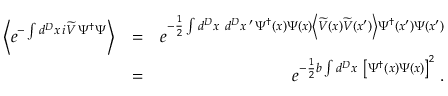
\begin{array} { r l r } { \left\langle e ^ { - \int d ^ { D } x \, i \widetilde { V } \, \Psi ^ { \dagger } \Psi } \right\rangle } & { = } & { e ^ { - \frac { 1 } { 2 } \int d ^ { D } x \, \, \, d ^ { D } x \, ^ { \prime } \, \Psi ^ { \dagger } \left( x \right) \Psi \left( x \right) \left\langle \widetilde { V } \left( x \right) \widetilde { V } \left( x ^ { \prime } \right) \right\rangle \Psi ^ { \dagger } \left( x ^ { \prime } \right) \Psi \left( x ^ { \prime } \right) } } \\ & { = } & { e ^ { - \frac { 1 } { 2 } b \int d ^ { D } x \, \, \, \left[ \Psi ^ { \dagger } \left( x \right) \Psi \left( x \right) \right] ^ { 2 } } \; . } \end{array}